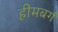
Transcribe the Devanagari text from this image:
हीमबर्ग